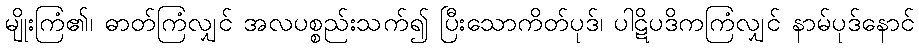
မျိုးကြံ၏၊ ဓာတ်ကြံလျှင် အလပစ္စည်းသက်၍ ပြီးသောကိတ်ပုဒ်၊ ပါဋိပဒိကကြံလျှင် နာမ်ပုဒ်နောင်